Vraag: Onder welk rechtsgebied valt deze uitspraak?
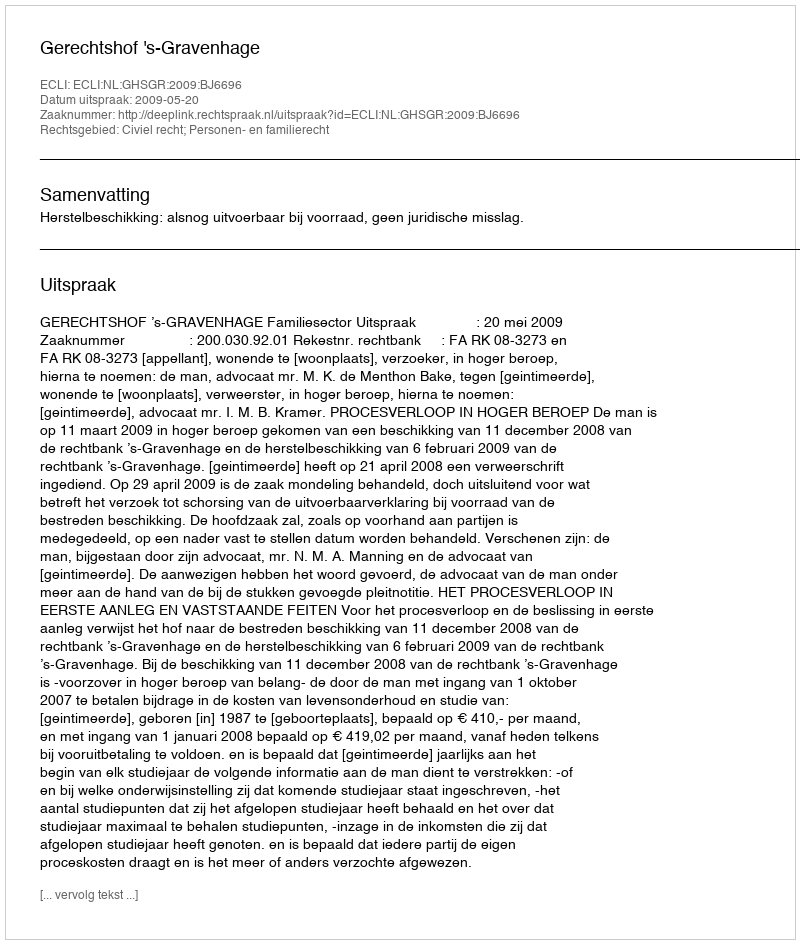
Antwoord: Civiel recht; Personen- en familierecht